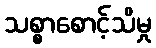
သစ္စာစောင့်သိမှု